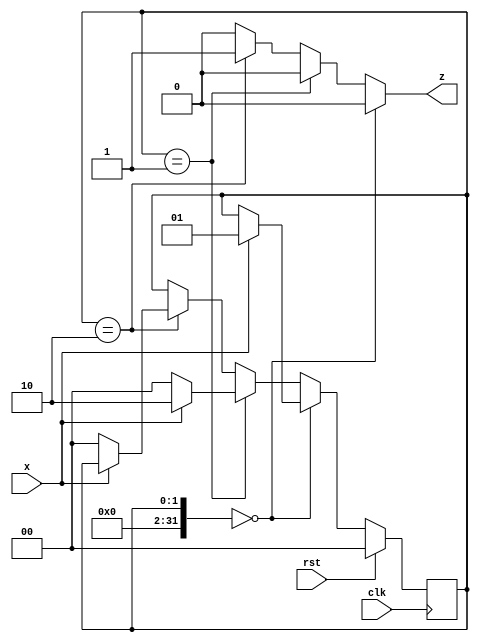
`timescale 1ns / 1ps

module fsm_v(clk, rst, x, z);
    
    input wire clk;
    input wire rst;
    input wire x;
    output reg z;

    integer a = 0, b = 1, c = 2;
    reg[1:0] curr_state, next_state;

    always @(posedge clk) begin
        if (rst) 
            curr_state <= a;
        else
            curr_state <= next_state;
    end
    
    always @(curr_state, x) 
    begin
        next_state <= curr_state;
        z <= 1'b0;
        
        case (curr_state)
        
            a: if (x) next_state <= b;
            
            b: begin
                next_state <= c;
                if (x == 0) next_state <= a;
            end
        
            c: begin
                z <= 1'b1;
                if (x == 0) next_state <= a;
            end
        
        endcase;
        
    end

endmodule